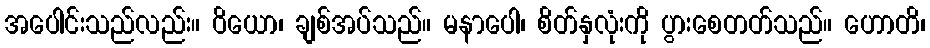
အပေါင်းသည်လည်း။ ဝိယော၊ ချစ်အပ်သည်။ မနာပေါ၊ စိတ်နှလုံးကို ပွားစေတတ်သည်။ ဟောတိ၊